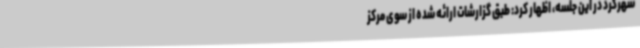
شهرکرد در این جلسه، اظهار کرد: طبق گزارشات ارائه شده از سوی مرکز